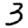
Digit: 3